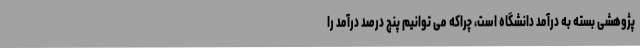
پژوهشی بسته به درآمد دانشگاه است، چراکه می توانیم پنج درصد درآمد را